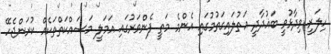
ހިލަރީ ވިދާޅުވީ ބަޣުދާދީ އަތުލައިގަތުމުގައި އެންމެ މަތީ ފެންވަރުގައި އަމަލީ މަސައްކަތްތަކެއް ކުރަންޖެހޭ